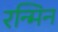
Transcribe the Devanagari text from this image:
रन्मिन